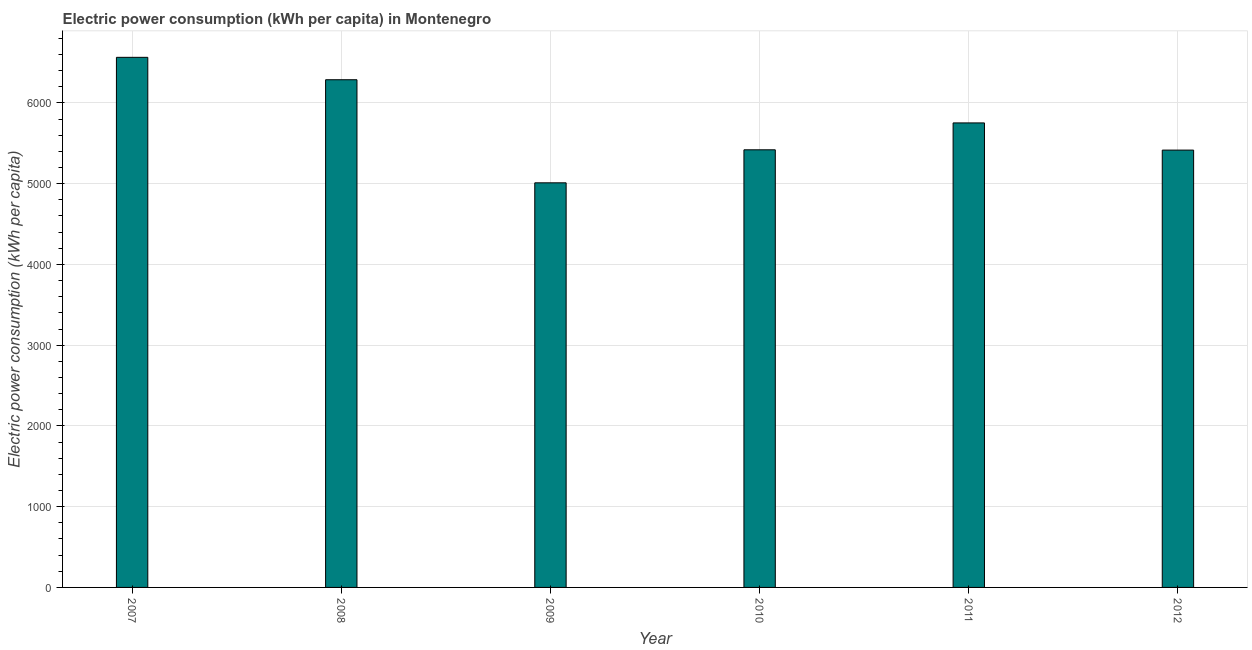
| Year | Electric power consumption |
 | --- | --- |
 | 2007 | 6.56e+03 |
 | 2008 | 6.29e+03 |
 | 2009 | 5.01e+03 |
 | 2010 | 5.42e+03 |
 | 2011 | 5.75e+03 |
 | 2012 | 5.42e+03 |